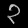
Digit: ၃